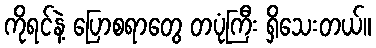
ကိုရင်နဲ့ ပြောစရာတွေ တပုံကြီး ရှိသေးတယ်။